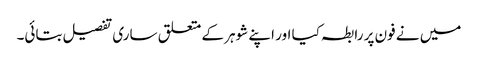
میں نے فون پر رابطہ کیا اور اپنے شوہر کے متعلق ساری تفصیل بتائی۔